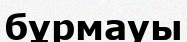
бұрмауы